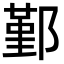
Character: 鄞